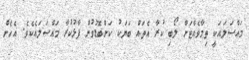
މައްސަލައަކީ ތިމާވެއްޓަށް ލޯބި ކުރާ އެތައް ބަޔަކު ކަންބޮޑުވުން ފާޅުކުރާ މައްސަލައެކެވެ. އެހެން